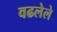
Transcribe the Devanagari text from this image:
वढलेले